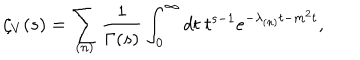
LaTeX: \zeta _ { V } ( s ) = \sum _ { ( n ) } \frac { 1 } { \Gamma ( s ) } \int _ { 0 } ^ { \infty } d t \ t ^ { s - 1 } e ^ { - \lambda _ { ( n ) } t - m ^ { 2 } t } ,